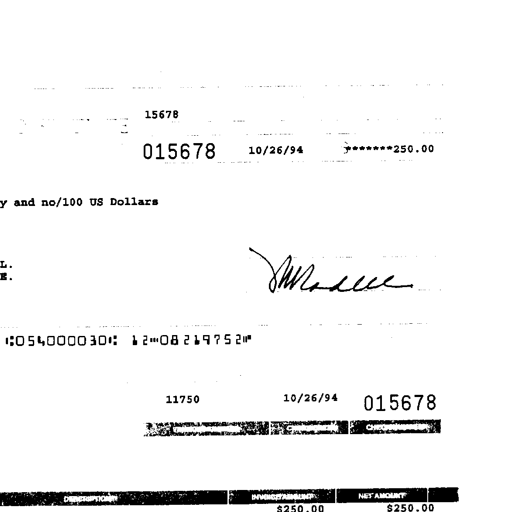
Transcript:
15678
015678 10/26/94 *******250.00
y and no/100 US Dollars
L.
E.
JWWallace
:054000030: 12-08219752"
11750 10/26/94 015678
DESCRIPTION INVOICE AMOUNT NET AMOUNT
$250.00 $250.00